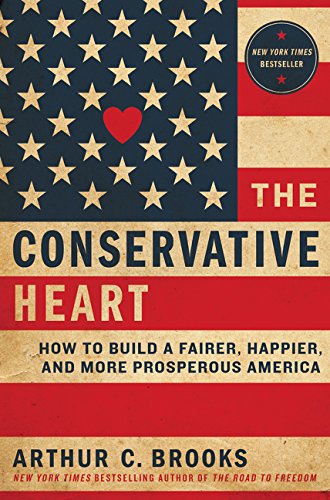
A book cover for The Conservative Heart: How to Build a Fairer, Happier, and More Prosperous America; Arthur C. Brooks; Politics & Social Sciences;